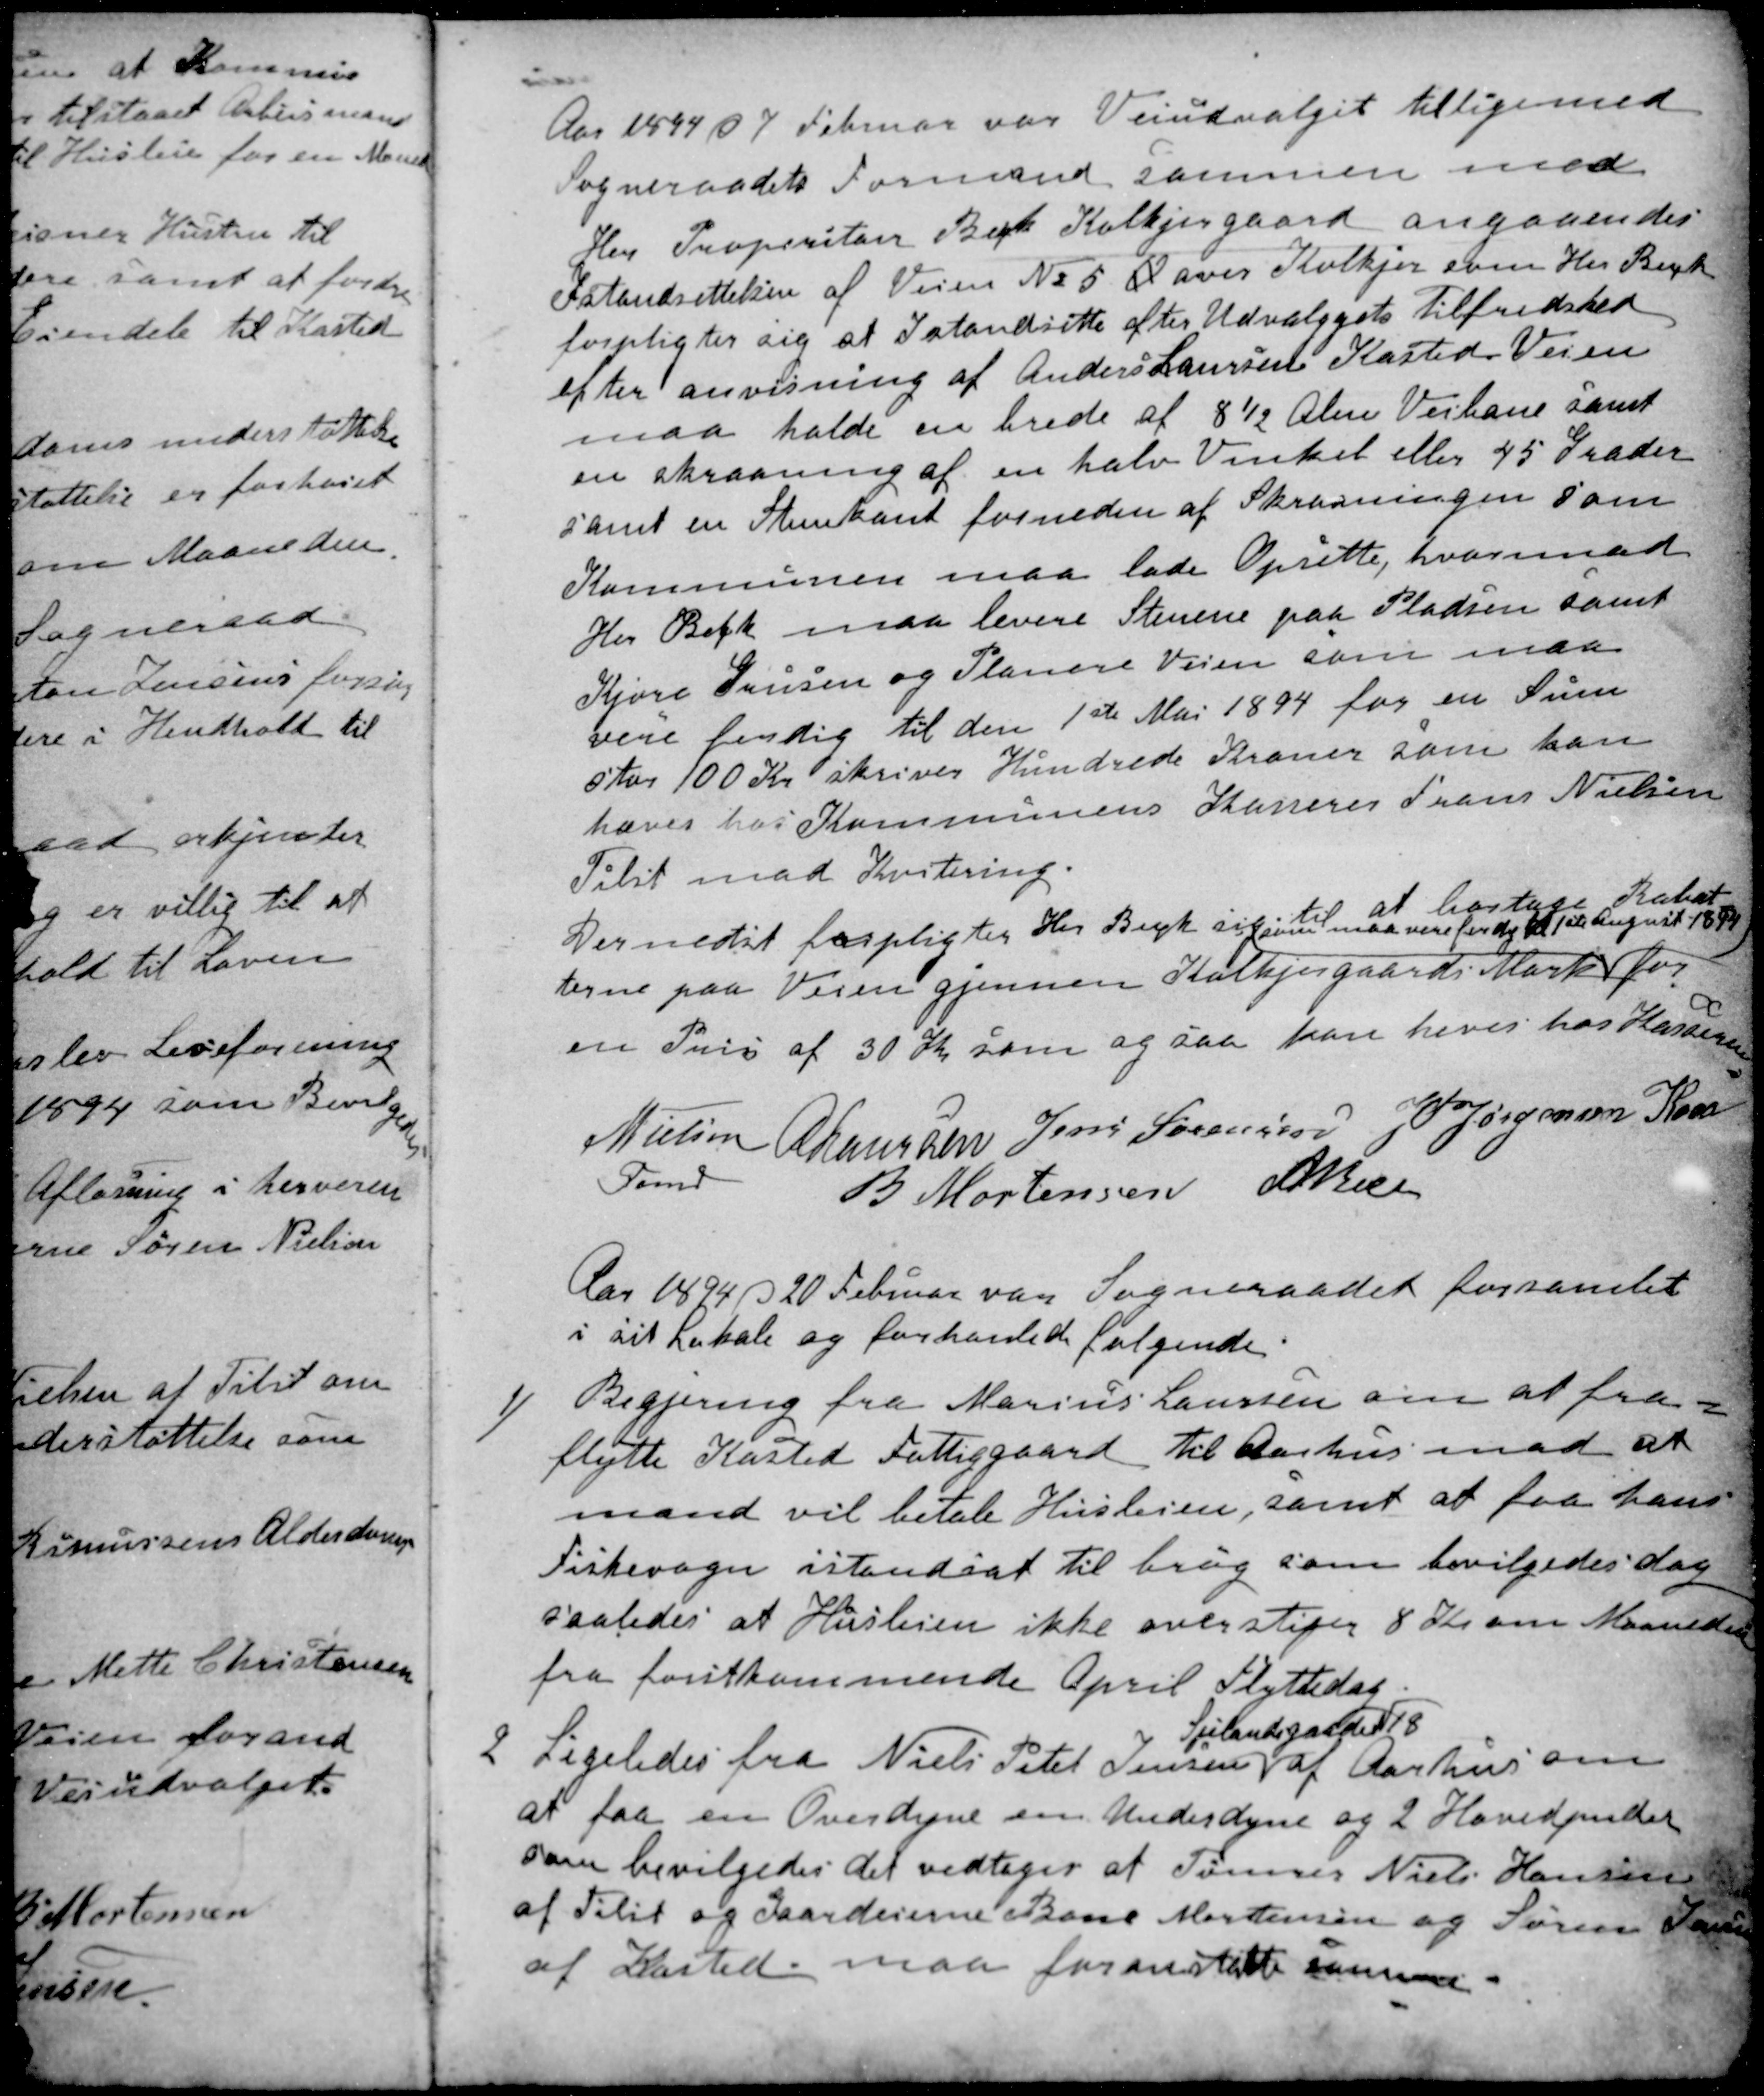
Transskription:
Aar 1894 d 7 Februar var Veiudvalget tilligemed
Sogneraadets Formand sammen med
Her Propetitaer Bech Kolkjergaard angaaendes
Istandsettelsen af Veien № 5 O over Kolkjer som Her Bech
forpligter sig at Istandsette efter Udvalgets Tilfredshed
efter anvisning af Anders Laursen Kasted. Veien
maa holde en brede af 8½ Alen Veibane samt
en skraaning af en halv Vinkel eller 45 Grader
samt en Stenkant forneden af Skraaningen som
Kommunen maa lade Oprette, hvorimod
Her Bech maa levere Stenene paa Pladsen samt
Kjøre Grusen og Planere Veien som maa
vere ferdig til den 1ste Mai 1894 for en Sum
stor 100 Kr skriver Hundrede Kroner som kan
hæves hos Kommunens Kasserer Frans Nielsen
Tilst mod Kvitering.
Dernedst forpligtiger Her Bech sig til at bortage Rabat
terne paa Veien gjennem Kolkjergaards Mark for
som maa vere ferdig til 1ste August 1894
en Pris af 30 Kr som ogsaa kan heves hos Kassereren
N Nielsen
Formd
A Laursen
Jens Sørensen
J P Jørgensen Kaae
B Mortensen
A Bech
Aar 1894 § 20 Februar var Sogneraadet forsamlet
i sit Lokale og forhanlede følgende.
1)
Begjering fra Marius Laursen om at fra-
flytte Kasted Fattiggaard til Aarhus mod at
mand vil betale Husleien, samt at faa hans
Fiskevogn istandsat til brug som bevilgedes dog
saaledes at Huslejen ikke overstiger 8 Kr om Maaneden
fra førstkommende April Flyttedag.
2
Ligeledes fra Niels Peter Jensen 
Sjelandsgade 18
af Aarhus om
at faa en Overdyne en Underdyne og 2 Hovedpuder
som bevilgedes det vedtoges at Tømrer Niels Hansen
af Tilst og Gaardeierne Bone Mortensen og Søren Jensen
af Kasted maa foranstalte samme.